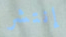
إنتشر